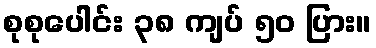
စုစုပေါင်း ၃၈ ကျပ် ၅၀ ပြား။